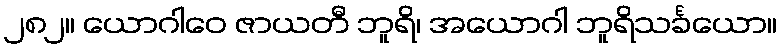
၂၈၂။ ယောဂါဝေ ဇာယတီ ဘူရိ၊ အယောဂါ ဘူရိသင်္ခယော။